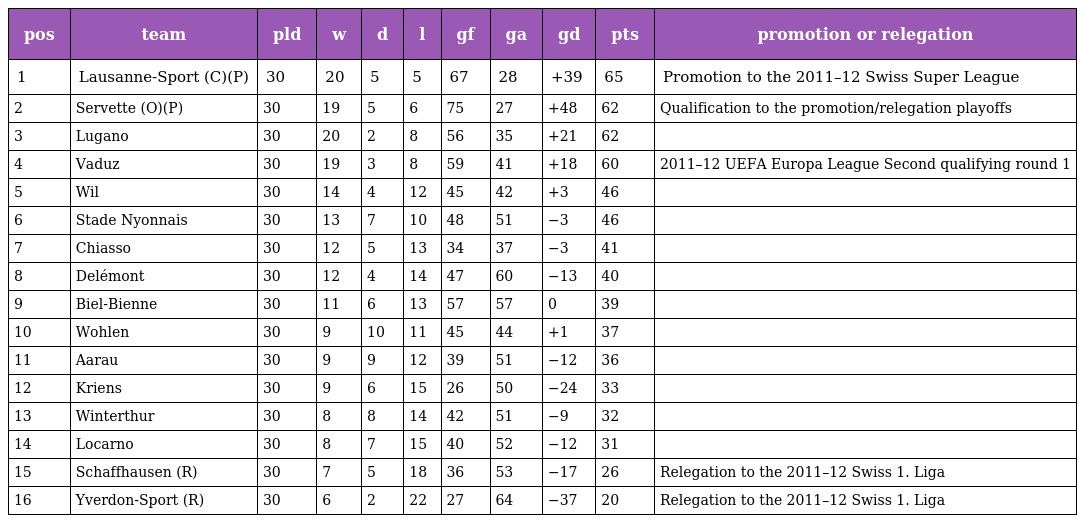
| pos | team | pld | w | d | l | gf | ga | gd | pts | promotion or relegation |
 | --- | --- | --- | --- | --- | --- | --- | --- | --- | --- | --- |
 | 1 | Lausanne-Sport (C)(P) | 30 | 20 | 5 | 5 | 67 | 28 | +39 | 65 | Promotion to the 2011–12 Swiss Super League |
 | 2 | Servette (O)(P) | 30 | 19 | 5 | 6 | 75 | 27 | +48 | 62 | Qualification to the promotion/relegation playoffs |
 | 3 | Lugano | 30 | 20 | 2 | 8 | 56 | 35 | +21 | 62 |  |
 | 4 | Vaduz | 30 | 19 | 3 | 8 | 59 | 41 | +18 | 60 | 2011–12 UEFA Europa League Second qualifying round 1 |
 | 5 | Wil | 30 | 14 | 4 | 12 | 45 | 42 | +3 | 46 |  |
 | 6 | Stade Nyonnais | 30 | 13 | 7 | 10 | 48 | 51 | −3 | 46 |  |
 | 7 | Chiasso | 30 | 12 | 5 | 13 | 34 | 37 | −3 | 41 |  |
 | 8 | Delémont | 30 | 12 | 4 | 14 | 47 | 60 | −13 | 40 |  |
 | 9 | Biel-Bienne | 30 | 11 | 6 | 13 | 57 | 57 | 0 | 39 |  |
 | 10 | Wohlen | 30 | 9 | 10 | 11 | 45 | 44 | +1 | 37 |  |
 | 11 | Aarau | 30 | 9 | 9 | 12 | 39 | 51 | −12 | 36 |  |
 | 12 | Kriens | 30 | 9 | 6 | 15 | 26 | 50 | −24 | 33 |  |
 | 13 | Winterthur | 30 | 8 | 8 | 14 | 42 | 51 | −9 | 32 |  |
 | 14 | Locarno | 30 | 8 | 7 | 15 | 40 | 52 | −12 | 31 |  |
 | 15 | Schaffhausen (R) | 30 | 7 | 5 | 18 | 36 | 53 | −17 | 26 | Relegation to the 2011–12 Swiss 1. Liga |
 | 16 | Yverdon-Sport (R) | 30 | 6 | 2 | 22 | 27 | 64 | −37 | 20 | Relegation to the 2011–12 Swiss 1. Liga |